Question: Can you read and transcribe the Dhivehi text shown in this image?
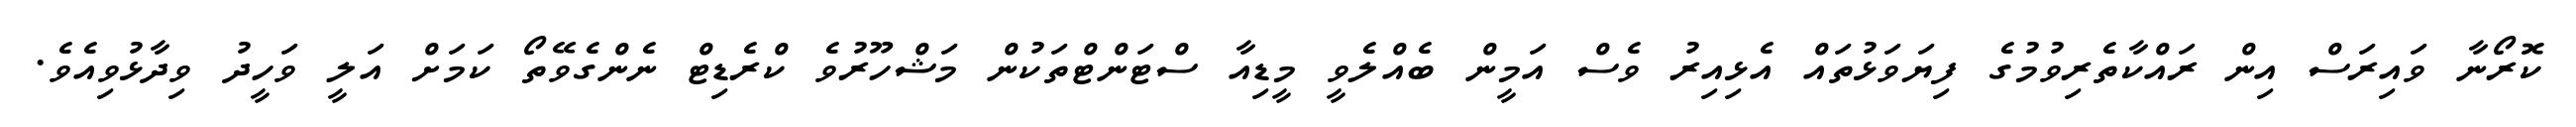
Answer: ކޮރޯނާ ވައިރަސް އިން ރައްކާތެރިވުމުގެ ފިޔަވަޅުތައް އެޅިއިރު ވެސް އަމީން ބެއްލެވީ މީޑިއާ ސްޓަންޓްތަކުން މަޝްހޫރުވެ ކްރެޑިޓް ނެންގެވޭތޯ ކަމަށް އަލީ ވަހީދު ވިދާޅުވިއެވެ.